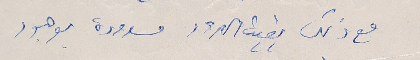
مع ذلك بقيت الحدود مسدودة بوجود